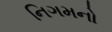
નિગમનો